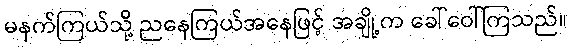
မနက်ကြယ်သို့ ညနေကြယ်အနေဖြင့် အချို့က ခေါ်ဝေါ်ကြသည်။